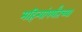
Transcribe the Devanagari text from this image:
महिन्यांपर्यंतच्या